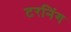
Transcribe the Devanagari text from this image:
टरनिंग